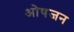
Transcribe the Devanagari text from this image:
ओषजन